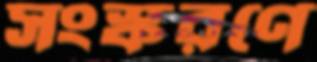
সংস্করণে